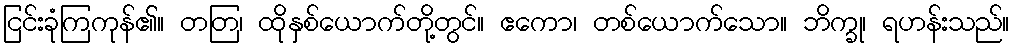
ငြင်းခုံကြကုန်၏။ တတြ၊ ထိုနှစ်ယောက်တို့တွင်။ ဧကော၊ တစ်ယောက်သော။ ဘိက္ခု၊ ရဟန်းသည်။